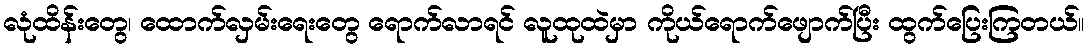
လုံထိန်းတွေ၊ ထောက်လှမ်းရေးတွေ ရောက်လာရင် လူထုထဲမှာ ကိုယ်ရောက်ဖျောက်ပြီး ထွက်ပြေးကြတယ်။